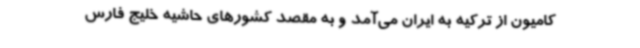
کامیون از ترکیه به ایران می‌آمد و به مقصد کشورهای حاشیه خلیج فارس